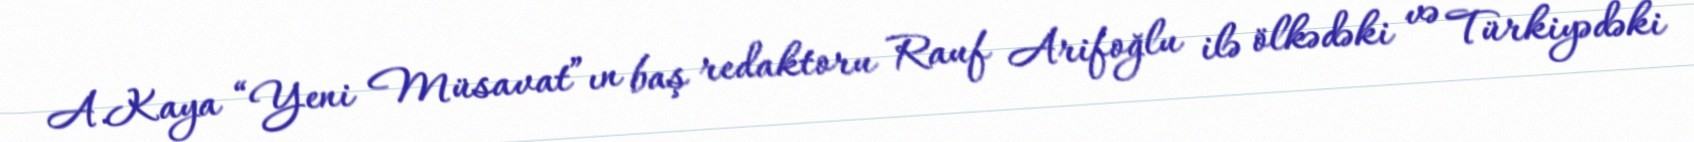
A.Kaya “Yeni Müsavat”ın baş redaktoru Rauf Arifoğlu ilə ölkədəki və Türkiyədəki